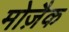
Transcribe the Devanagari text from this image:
मोज़ैक